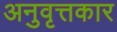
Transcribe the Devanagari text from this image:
अनुवृत्तकार